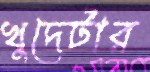
খুদেটার